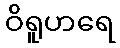
ဝိရူဟရေ